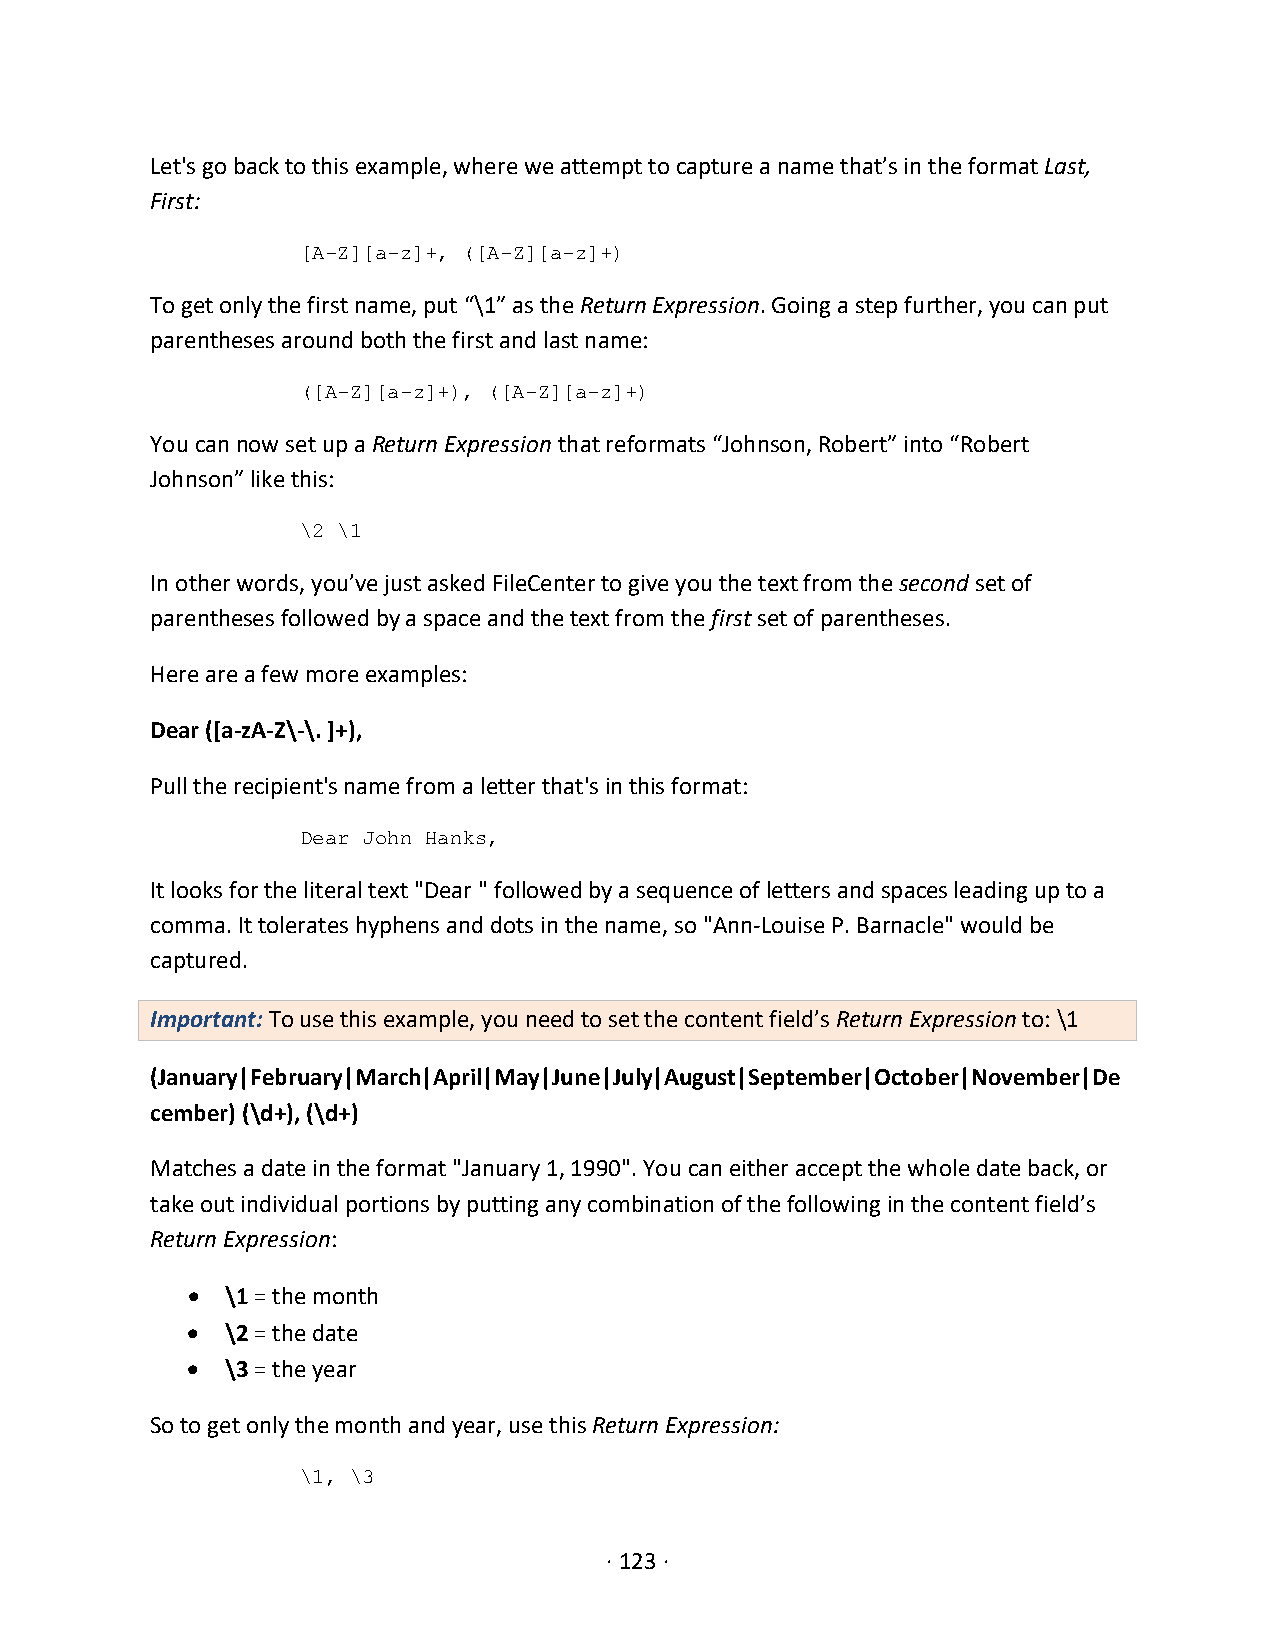
Let's go back to this example, where we attempt to capture a name that’s in the format Last,
 First:
 [A-Z][a-z]+, ([A-Z][a-z]+)
 To get only the first name, put “\1” as the Return Expression. Going a step further, you can put
 parentheses around both the first and last name:
 ([A-Z][a-z]+), ([A-Z][a-z]+)
 You can now set up a Return Expression that reformats “Johnson, Robert” into “Robert
 Johnson” like this:
 \2 \1
 In other words, you’ve just asked FileCenter to give you the text from the second set of
 parentheses followed by a space and the text from the first set of parentheses.
 Here are a few more examples:
 Dear ([a-zA-Z\-\. ]+),
 Pull the recipient's name from a letter that's in this format:
 Dear John Hanks,
 It looks for the literal text "Dear " followed by a sequence of letters and spaces leading up to a
 comma. It tolerates hyphens and dots in the name, so "Ann-Louise P. Barnacle" would be
 captured.
 Important: To use this example, you need to set the content field’s Return Expression to: \1
 (January|February|March|April|May|June|July|August|September|October|November|De
 cember) (\d+), (\d+)
 Matches a date in the format "January 1, 1990". You can either accept the whole date back, or
 take out individual portions by putting any combination of the following in the content field’s
 Return Expression:
 •  \1 = the month
 •  \2 = the date
 •  \3 = the year
 So to get only the month and year, use this Return Expression:
 \1, \3
 · 123 ·